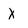
Character: X